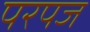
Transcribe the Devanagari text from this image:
परपज